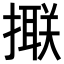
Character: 𢵑